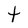
Character: t